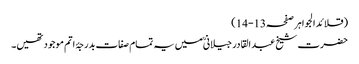
(قلائد الجواہر صفحہ13-14)
حضرت شیخ عبد القادر جیلانیؒ میں یہ تمام صفات بدرجۂ اتم موجود تھیں۔